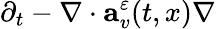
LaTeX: \partial_{t}-\nabla\cdot\mathbf{a}_{v}^{\varepsilon}(t,x)\nabla